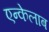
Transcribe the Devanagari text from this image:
एन्केलाब